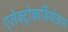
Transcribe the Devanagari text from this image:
एलेक्ट्रोकार्डियोग्राम